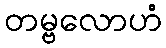
တမ္ဗလောဟံ